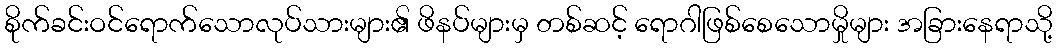
စိုက်ခင်းဝင်ရောက်သောလုပ်သားများ၏ ဖိနပ်များမှ တစ်ဆင့် ရောဂါဖြစ်စေသောမှိုများ အခြားနေရာသို့